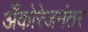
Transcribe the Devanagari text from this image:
अँकोरेजनंतर